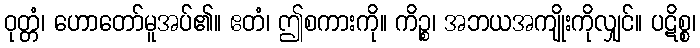
ဝုတ္တံ၊ ဟောတော်မူအပ်၏။ ဧတံ၊ ဤစကားကို။ ကိဉ္စ၊ အဘယအကျိုးကိုလျှင်။ ပဋိစ္စ၊